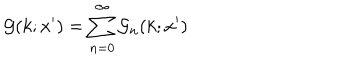
{ \cal G } ( k ; x ^ { \prime } ) = \sum _ { n = 0 } ^ { \infty } { \cal G } _ { n } ( k ; x ^ { \prime } )